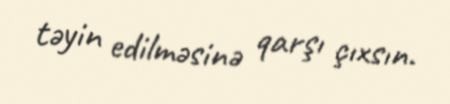
təyin edilməsinə qarşı çıxsın.